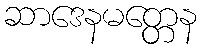
ဆာဒေနမတ္တေန